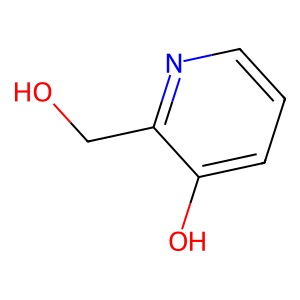
SMILES: OCc1ncccc1O
Inhibits HIV replication: No